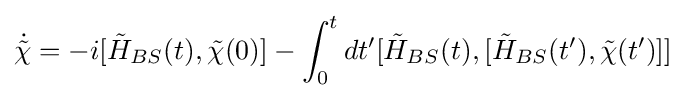
{\dot {\tilde {\chi }}}=-i[{\tilde {H}}_{BS}(t),{\tilde {\chi }}(0)]-\int _{0}^{t}dt'[{\tilde {H}}_{BS}(t),[{\tilde {H}}_{BS}(t'),{\tilde {\chi }}(t')]]